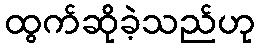
ထွက်ဆိုခဲ့သည်ဟု